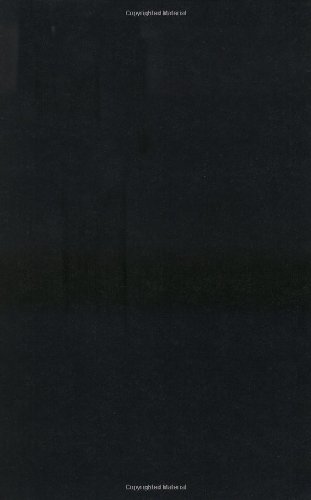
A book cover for Social Theory and Social Structure; Robert K. Merton; Politics & Social Sciences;